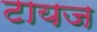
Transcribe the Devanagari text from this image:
टायज